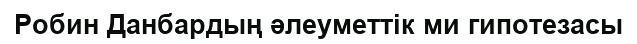
Робин Данбардың әлеуметтік ми гипотезасы